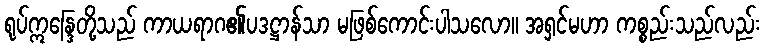
ရုပ်ဣန္ဒြေတို့သည် ကာယရာဂ၏ပဒဋ္ဌာန်သာ မဖြစ်ကောင်းပါသလော။ အရှင်မဟာ ကစ္စည်းသည်လည်း